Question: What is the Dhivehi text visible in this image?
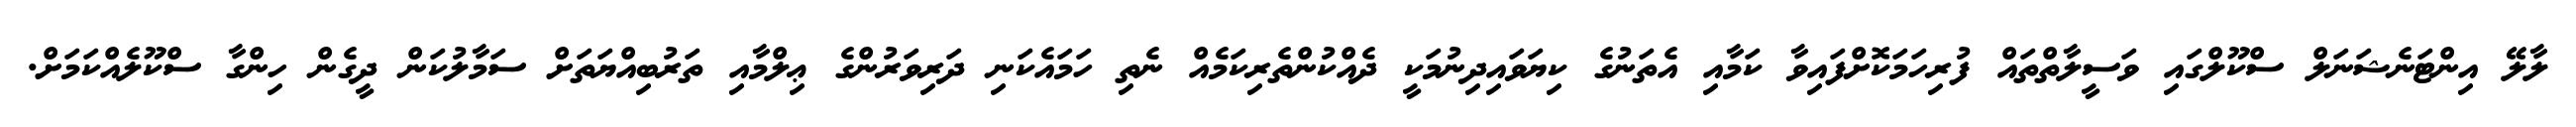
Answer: ލާލޭ އިންޓަނެޝަނަލް ސްކޫލްގައި ވަސީލާތްތައް ފުރިހަމަކޮށްފައިވާ ކަމާއި އެތަނުގެ ކިޔަވައިދިނުމަކީ ދެއްކުންތެރިކަމެއް ނެތި ހަމައެކަނި ދަރިވަރުންގެ ޢިލްމާއި ތަރުބިއްޔަތަށް ސަމާލުކަން ދީގެން ހިންގާ ސްކޫލެއްކަމަށް.